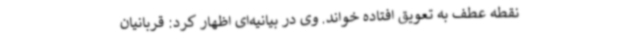
نقطه عطف به تعویق افتاده خواند. وی در بیانیه‌ای اظهار کرد: قربانیان